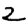
Digit: 2